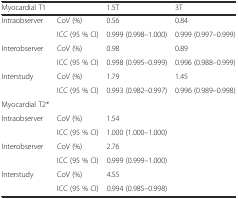
| Myocardial T1 |  | 1.5T | 3T |
 | --- | --- | --- | --- |
 | Intraobserver | CoV (%) | 0.56 | 0.84 |
 |  | ICC (95 % CI) | 0.999 (0.998–1.000) | 0.999 (0.997–0.999) |
 | Interobserver | CoV (%) | 0.98 | 0.89 |
 |  | ICC (95 % CI) | 0.998 (0.995–0.999) | 0.996 (0.988–0.999) |
 | Interstudy | CoV (%) | 1.79 | 1.45 |
 |  | ICC (95 % CI) | 0.993 (0.982–0.997) | 0.996 (0.989–0.998) |
 | Myocardial T2* |  |  |  |
 | Intraobserver | CoV (%) | 1.54 |  |
 |  | ICC (95 % CI) | 1.000 (1.000–1.000) |  |
 | Interobserver | CoV (%) | 2.76 |  |
 |  | ICC (95 % CI) | 0.999 (0.999–1.000) |  |
 | Interstudy | CoV (%) | 4.55 |  |
 |  | ICC (95 % CI) | 0.994 (0.985–0.998) |  |